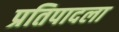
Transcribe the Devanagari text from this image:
प्रतिपादला